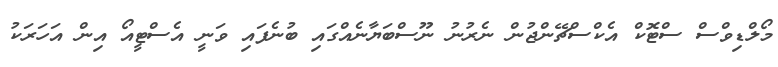
މޯލްޑިވްސް ސްޓޮކް އެކްސްޗޭންޖުން ނެރުނު ނޫސްބަޔާނެއްގައި ބުނެފައި ވަނީ އެސްޓީއޯ އިން އަހަރަކު